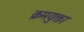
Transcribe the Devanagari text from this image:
क्रमयुक्ता